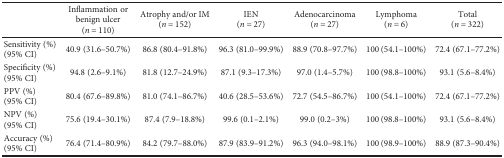
<table><thead><tr><td></td><td><b>Inflammation or benign ulcer (<i>n</i> = 110)</b></td><td><b>Atrophy and/or IM (<i>n</i> = 152)</b></td><td><b>IEN (<i>n</i> = 27)</b></td><td><b>Adenocarcinoma(<i>n</i> = 27)</b></td><td><b>Lymphoma(<i>n</i> = 6)</b></td><td><b>Total (<i>n</i> = 322)</b></td></tr></thead><tbody><tr><td>Sensitivity (%)(95% CI)</td><td>40.9 (31.6–50.7%)</td><td>86.8 (80.4–91.8%)</td><td>96.3 (81.0–99.9%)</td><td>88.9 (70.8–97.7%)</td><td>100 (54.1–100%)</td><td>72.4 (67.1–77.2%)</td></tr><tr><td>Specificity (%)(95% CI)</td><td>94.8 (2.6–9.1%)</td><td>81.8 (12.7–24.9%)</td><td>87.1 (9.3–17.3%)</td><td>97.0 (1.4–5.7%)</td><td>100 (98.8–100%)</td><td>93.1 (5.6–8.4%)</td></tr><tr><td>PPV (%)(95% CI)</td><td>80.4 (67.6–89.8%)</td><td>81.0 (74.1–86.7%)</td><td>40.6 (28.5–53.6%)</td><td>72.7 (54.5–86.7%)</td><td>100 (54.1–100%)</td><td>72.4 (67.1–77.2%)</td></tr><tr><td>NPV (%)(95% CI)</td><td>75.6 (19.4–30.1%)</td><td>87.4 (7.9–18.8%)</td><td>99.6 (0.1–2.1%)</td><td>99.0 (0.2–3%)</td><td>100 (98.8–100%)</td><td>93.1 (5.6–8.4%)</td></tr><tr><td>Accuracy (%)(95% CI)</td><td>76.4 (71.4–80.9%)</td><td>84.2 (79.7–88.0%)</td><td>87.9 (83.9–91.2%)</td><td>96.3 (94.0–98.1%)</td><td>100 (98.9–100%)</td><td>88.9 (87.3–90.4%)</td></tr></tbody></table>